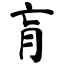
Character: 肓